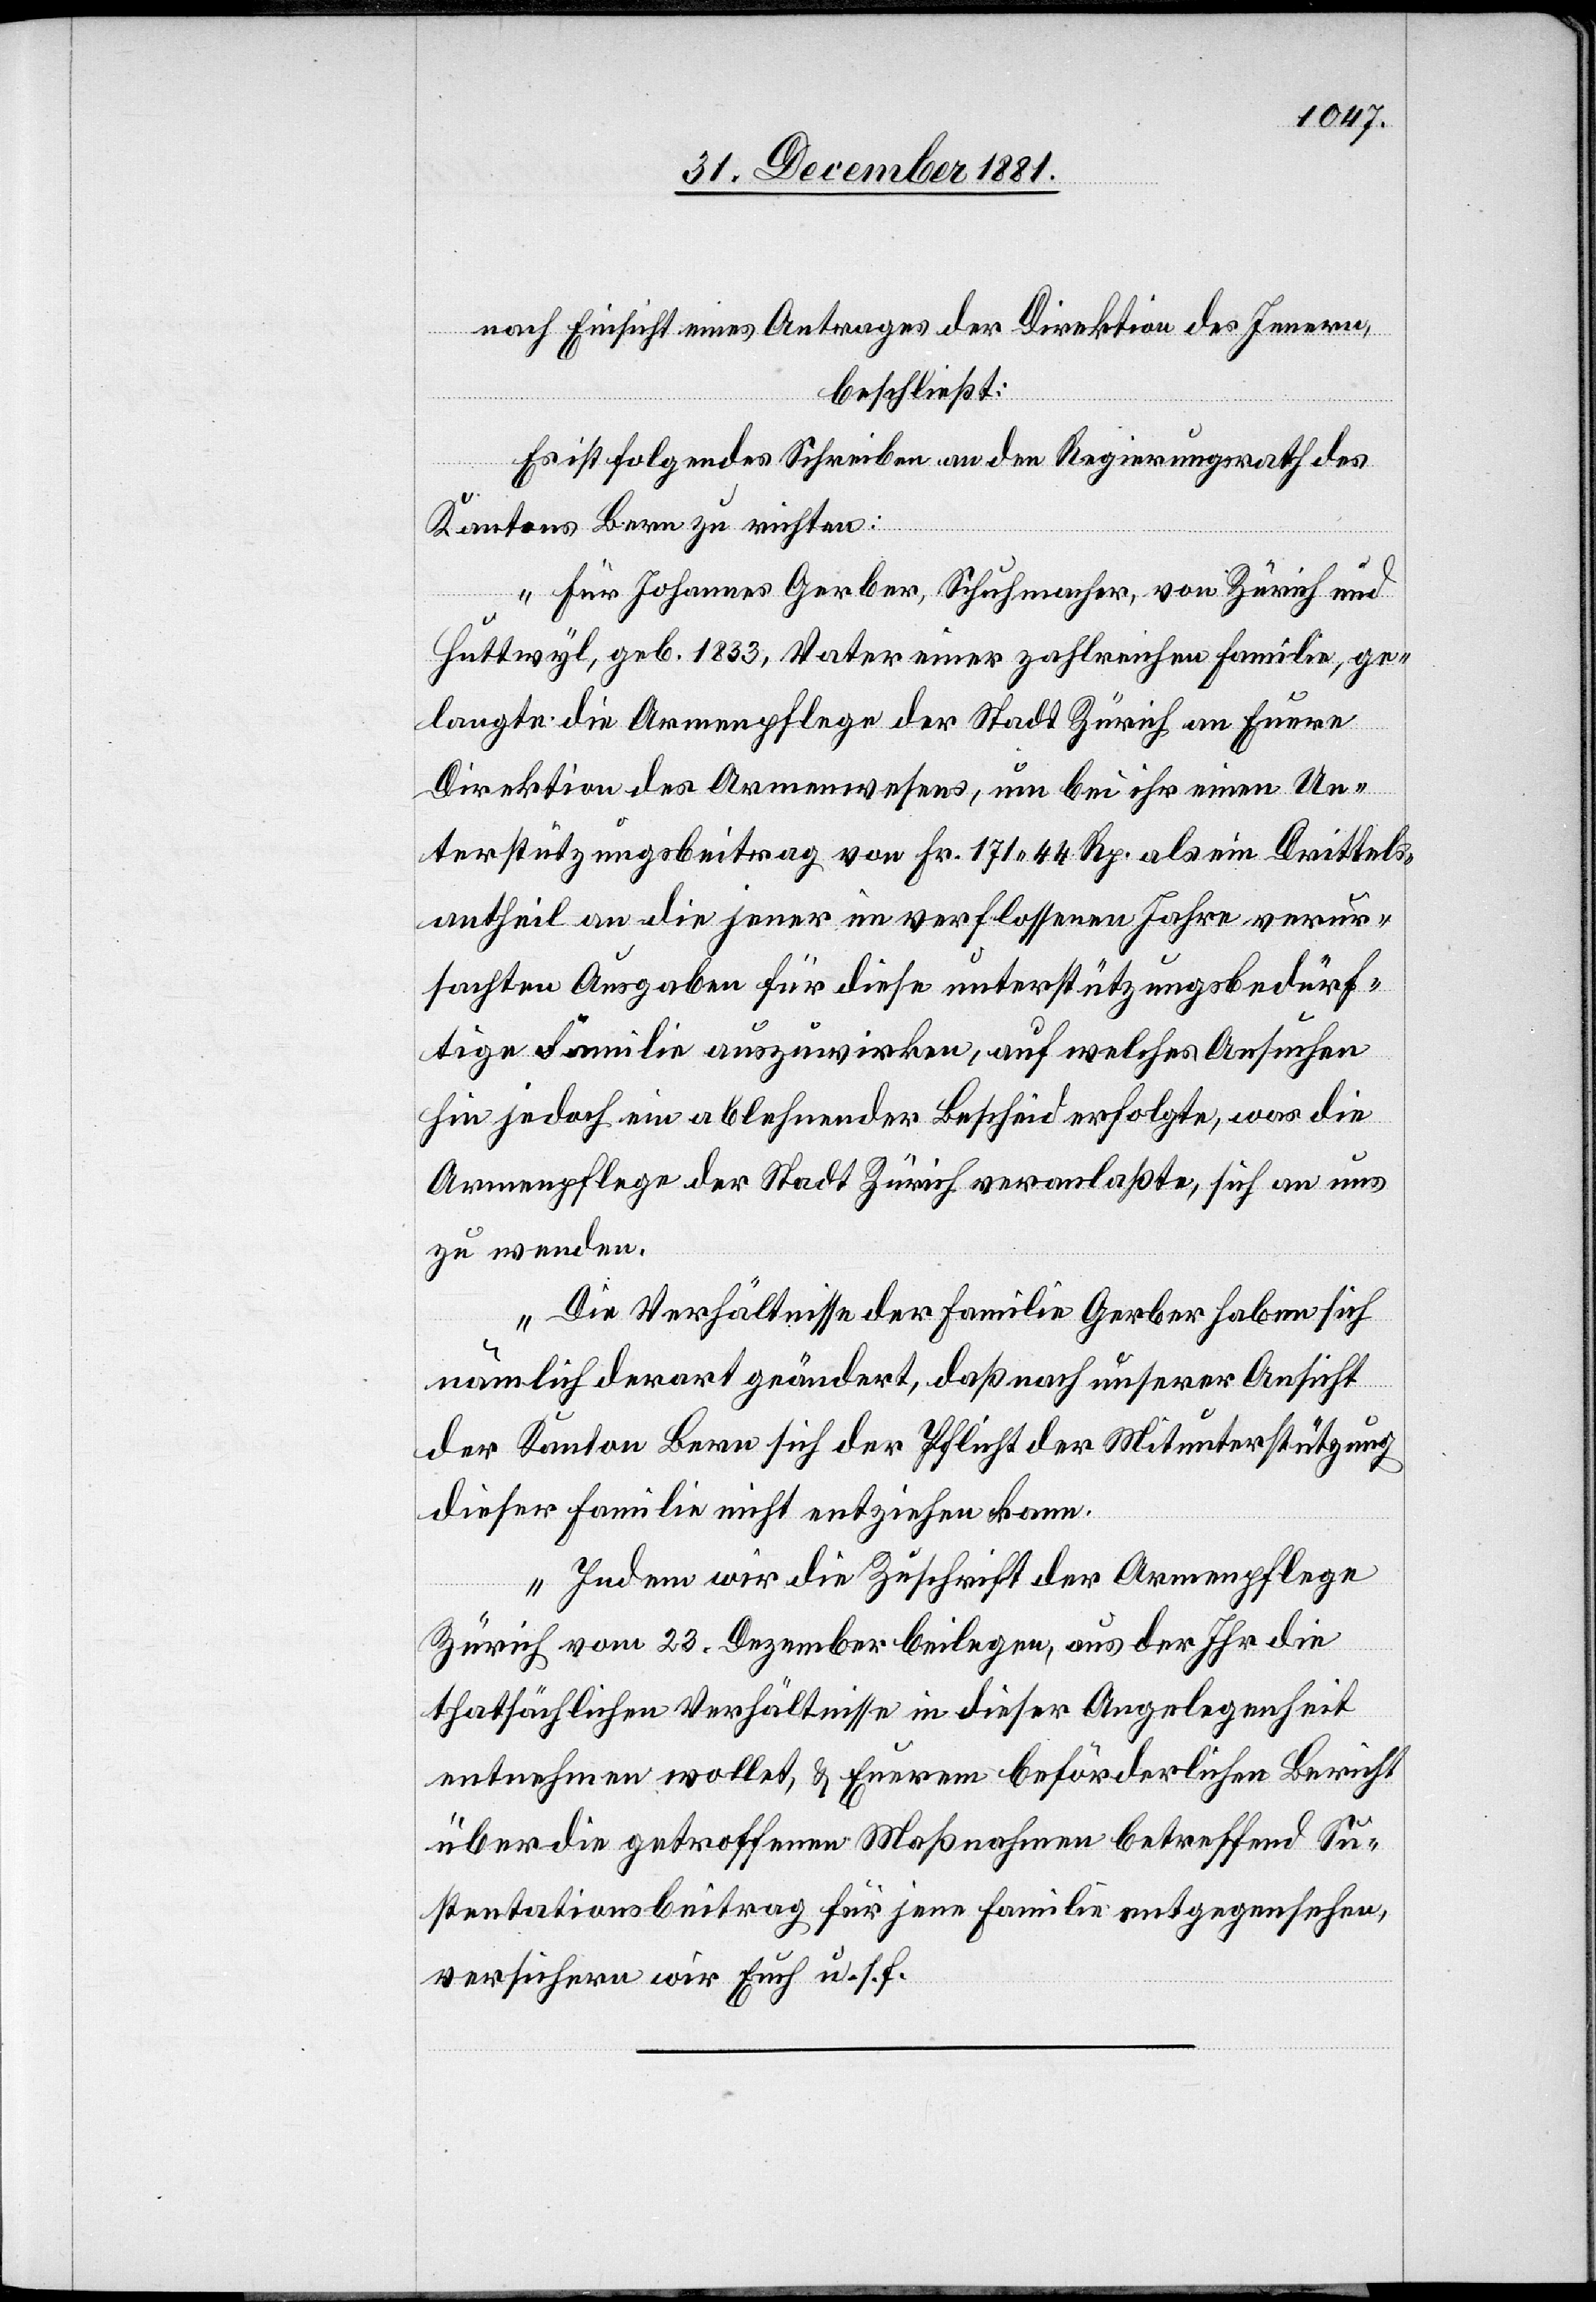
nach Einsicht eines Antrages der Direktion des Innern,
beschließt:
Es ist folgendes Schreiben an den Regierungsrath des
Kantons Bern zu richten:
„Für Johannes Gerber, Schuhmacher, von Zürich und
Huttwyl, geb. 1833, Vater einer zahlreichen Familie, ge¬
langte die Armenpflege der Stadt Zürich an Euere
Direktion des Armenwesens, um bei ihr einen Un¬
terstützungsbeitrag von Fr. 171 44 Rp. als ein Drittels¬
antheil an die jener im verflossenen Jahre verur¬
sachten Ausgaben für diese unterstützungsbedürf¬
tige Familie auszuwirken, auf welches Ansuchen
hin jedoch ein ablehnender Bescheid erfolgte, was die
Armenpflege der Stadt Zürich veranlaßte, sich an uns
zu wenden.
Die Verhältnisse der Familie Gerber haben sich
nämlich derart geändert, daß nach unserer Ansicht
der Kanton Bern sich der Pflicht der Mitunterstützung
dieser Familie nicht entziehen kann.
Indem wir die Zuschrift der Armenpflege
Zürich vom 23. Dezember beilegen, aus der Ihr die
thatsächlichen Verhältnisse in dieser Angelegenheit
entnehmen wollet, & Euerem beförderlichen Bericht
über die getroffenen Maßnahmen betreffend Su¬
stentationsbeitrag für jene Familie entgegensehen,
versichern wir Euch u. s.